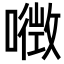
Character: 𡀏